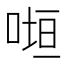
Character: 𭈲